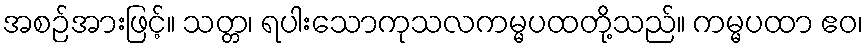
အစဉ်အားဖြင့်။ သတ္တ၊ ရပါးသောကုသလကမ္မပထတို့သည်။ ကမ္မပထာ ဧဝ၊